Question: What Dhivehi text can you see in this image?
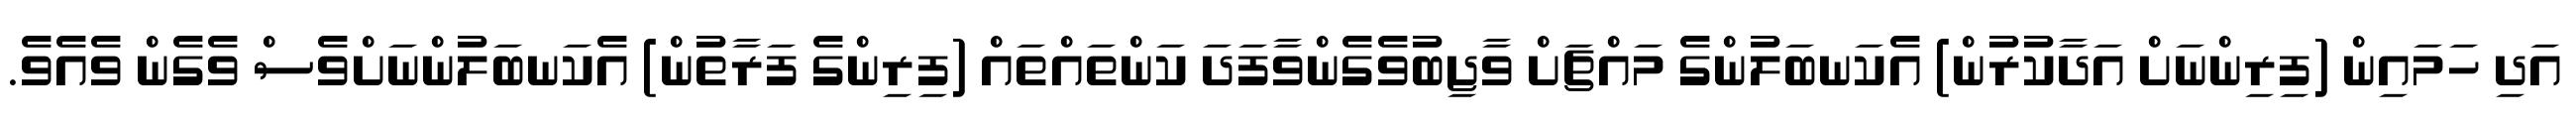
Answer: އަދި ހަމައިން (ފިރިންނަށް އަދާކުރުން) އެކަނބަލުންގެ މައްޗަށް ވާޖިބުވެގެންވާފަދަ ކަންތައްތައް (ފިރިންގެ ފަރާތުން) އެކަނބަލުންނަށްވެސް ވެގެން ވެއެވެ.